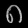
Digit: ၈